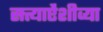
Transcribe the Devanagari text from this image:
सत्त्याऐंशीव्या